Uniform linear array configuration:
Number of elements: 8
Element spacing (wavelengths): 0.25
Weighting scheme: exponential
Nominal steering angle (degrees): -15
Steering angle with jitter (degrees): -15.002
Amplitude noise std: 0.05
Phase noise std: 0.05

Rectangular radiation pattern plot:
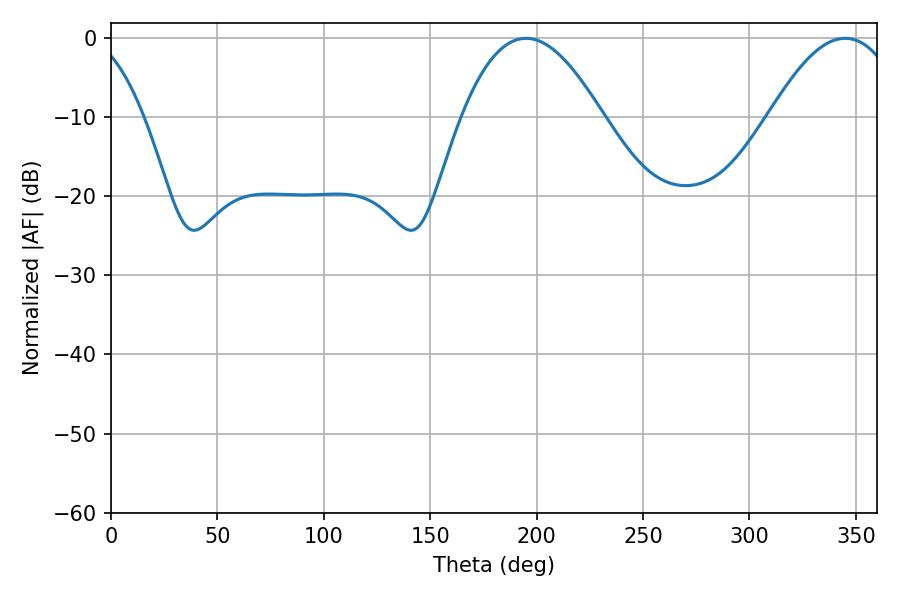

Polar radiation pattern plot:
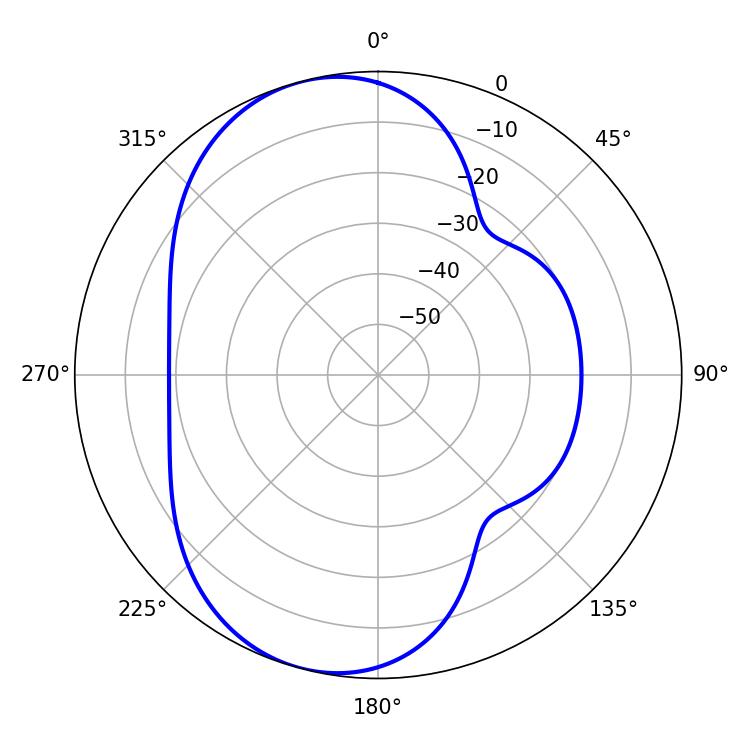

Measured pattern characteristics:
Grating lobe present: FALSE
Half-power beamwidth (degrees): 36.18
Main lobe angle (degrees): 194.94